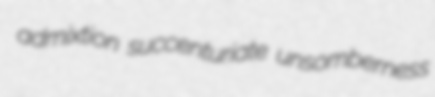
admixtion succenturiate unsomberness